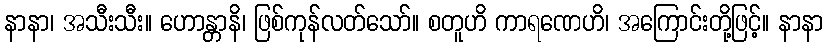
နာနာ၊ အသီးသီး။ ဟောန္တာနိ၊ ဖြစ်ကုန်လတ်သော်။ စတူဟိ ကာရဏေဟိ၊ အကြောင်းတို့ဖြင့်။ နာနာ